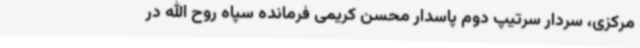
مرکزی، سردار سرتیپ دوم پاسدار محسن کریمی فرمانده سپاه روح الله در